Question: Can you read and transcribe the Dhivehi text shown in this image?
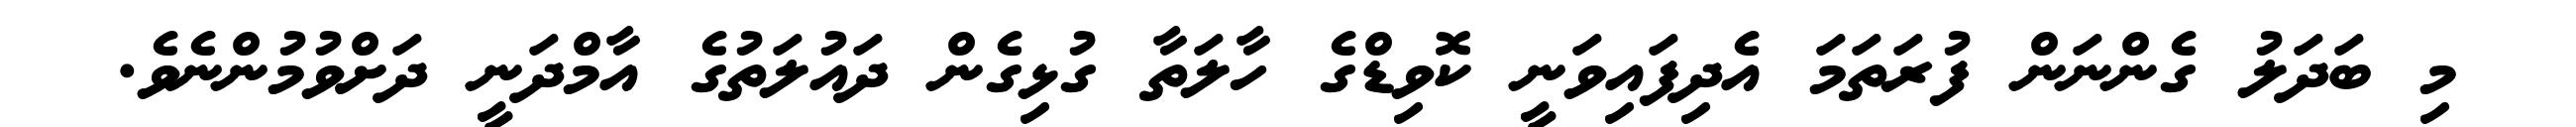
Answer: މި ބަދަލު ގެންނަން ފުރަތަމަ އެދިފައިވަނީ ކޮވިޑްގެ ހާލަތާ ގުޅިގެން ދައުލަތުގެ އާމްދަނީ ދަށްވުމުންނެވެ.